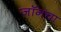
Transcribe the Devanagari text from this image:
जॉनचा